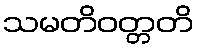
သမတိဝတ္တတိ